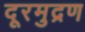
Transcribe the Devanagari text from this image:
दूरमुद्रण